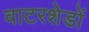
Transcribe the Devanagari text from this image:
वाटरशेडों